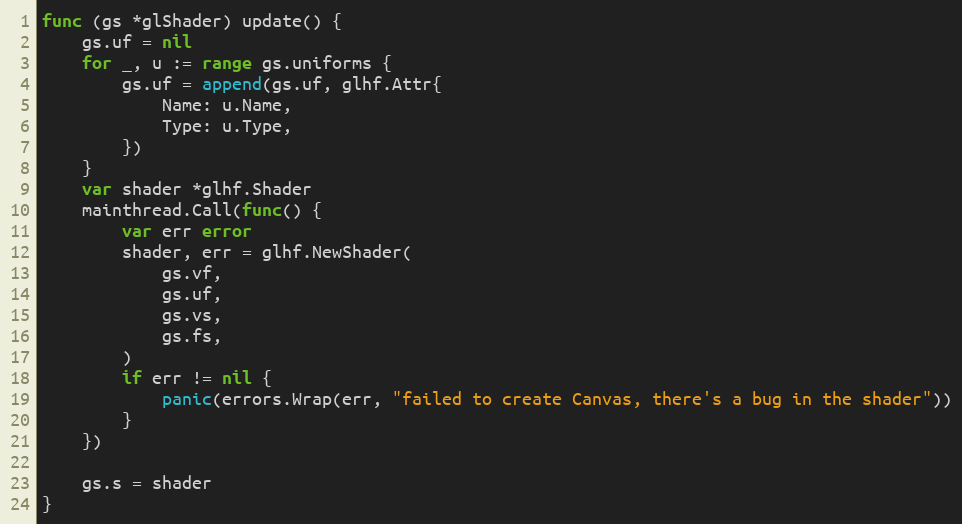
Language: Go
func (gs *glShader) update() {
	gs.uf = nil
	for _, u := range gs.uniforms {
		gs.uf = append(gs.uf, glhf.Attr{
			Name: u.Name,
			Type: u.Type,
		})
	}
	var shader *glhf.Shader
	mainthread.Call(func() {
		var err error
		shader, err = glhf.NewShader(
			gs.vf,
			gs.uf,
			gs.vs,
			gs.fs,
		)
		if err != nil {
			panic(errors.Wrap(err, "failed to create Canvas, there's a bug in the shader"))
		}
	})

	gs.s = shader
}